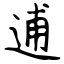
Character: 逋